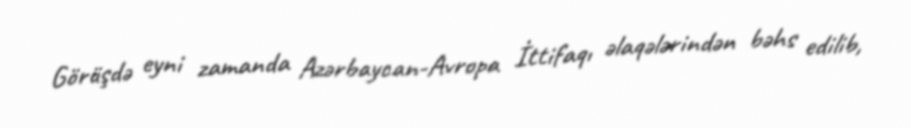
Görüşdə eyni zamanda Azərbaycan-Avropa İttifaqı əlaqələrindən bəhs edilib,